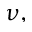
\nu ,